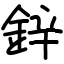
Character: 鋅